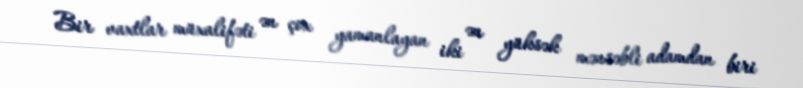
Bir vaxtlar müxalifəti ən çox yamanlayan iki ən yüksək mənsəbli adamdan biri